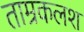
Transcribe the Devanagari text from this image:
ताम्रकलश